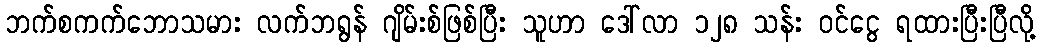
ဘက်စကက်ဘောသမား လက်ဘရွန် ဂျိမ်းစ်ဖြစ်ပြီး သူဟာ ဒေါ်လာ ၁၂၈ သန်း ဝင်ငွေ ရထားပြီးပြီလို့